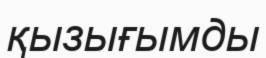
қызығымды